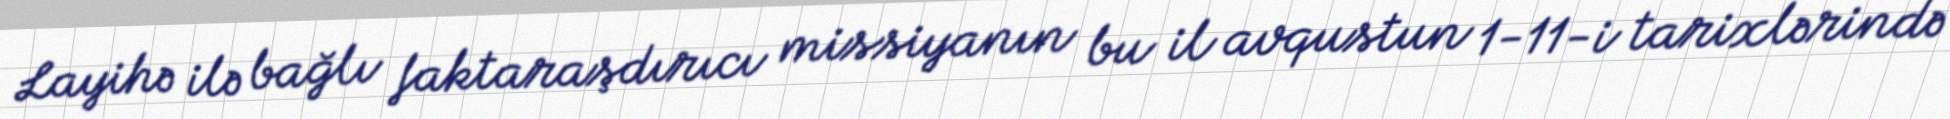
Layihə ilə bağlı faktaraşdırıcı missiyanın bu il avqustun 1-11-i tarixlərində